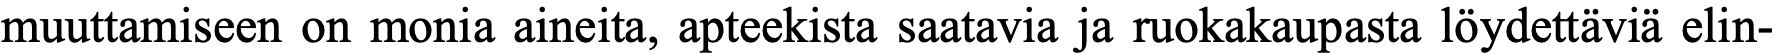
muuttamiseen on monia aineita, apteekista saatavia ja ruokakaupasta löydettäviä elin-